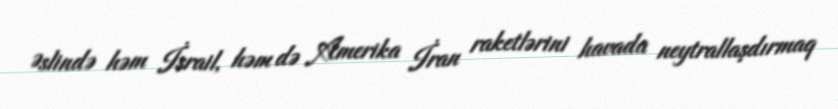
Əslində həm İsrail, həm də Amerika İran raketlərini havada neytrallaşdırmaq